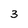
Character: 3